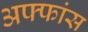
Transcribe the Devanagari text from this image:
अफ्फांस